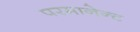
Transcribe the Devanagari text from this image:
परमानेन्ट